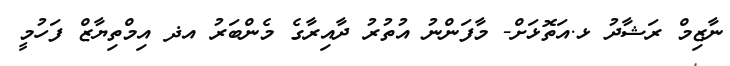
ނާޒިމް ރަޝާދު ޅ.އަތޮޅަށް- މާފަންނު އުތުރު ދާއިރާގެ މެންބަރު އޛ އިމްތިޔާޒް ފަހުމީ